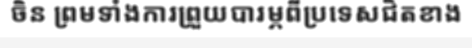
ចិន ព្រមទាំងការព្រួយបារម្ភពីប្រទេសជិតខាង